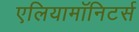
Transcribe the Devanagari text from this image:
एलियामॉनिटर्स